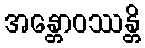
အန္တောဝဿန္တိ